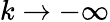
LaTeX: k\rightarrow-\infty